65_HS1-834228961_62-HQ-83894_Section_4
Agency: FBI
Page 33
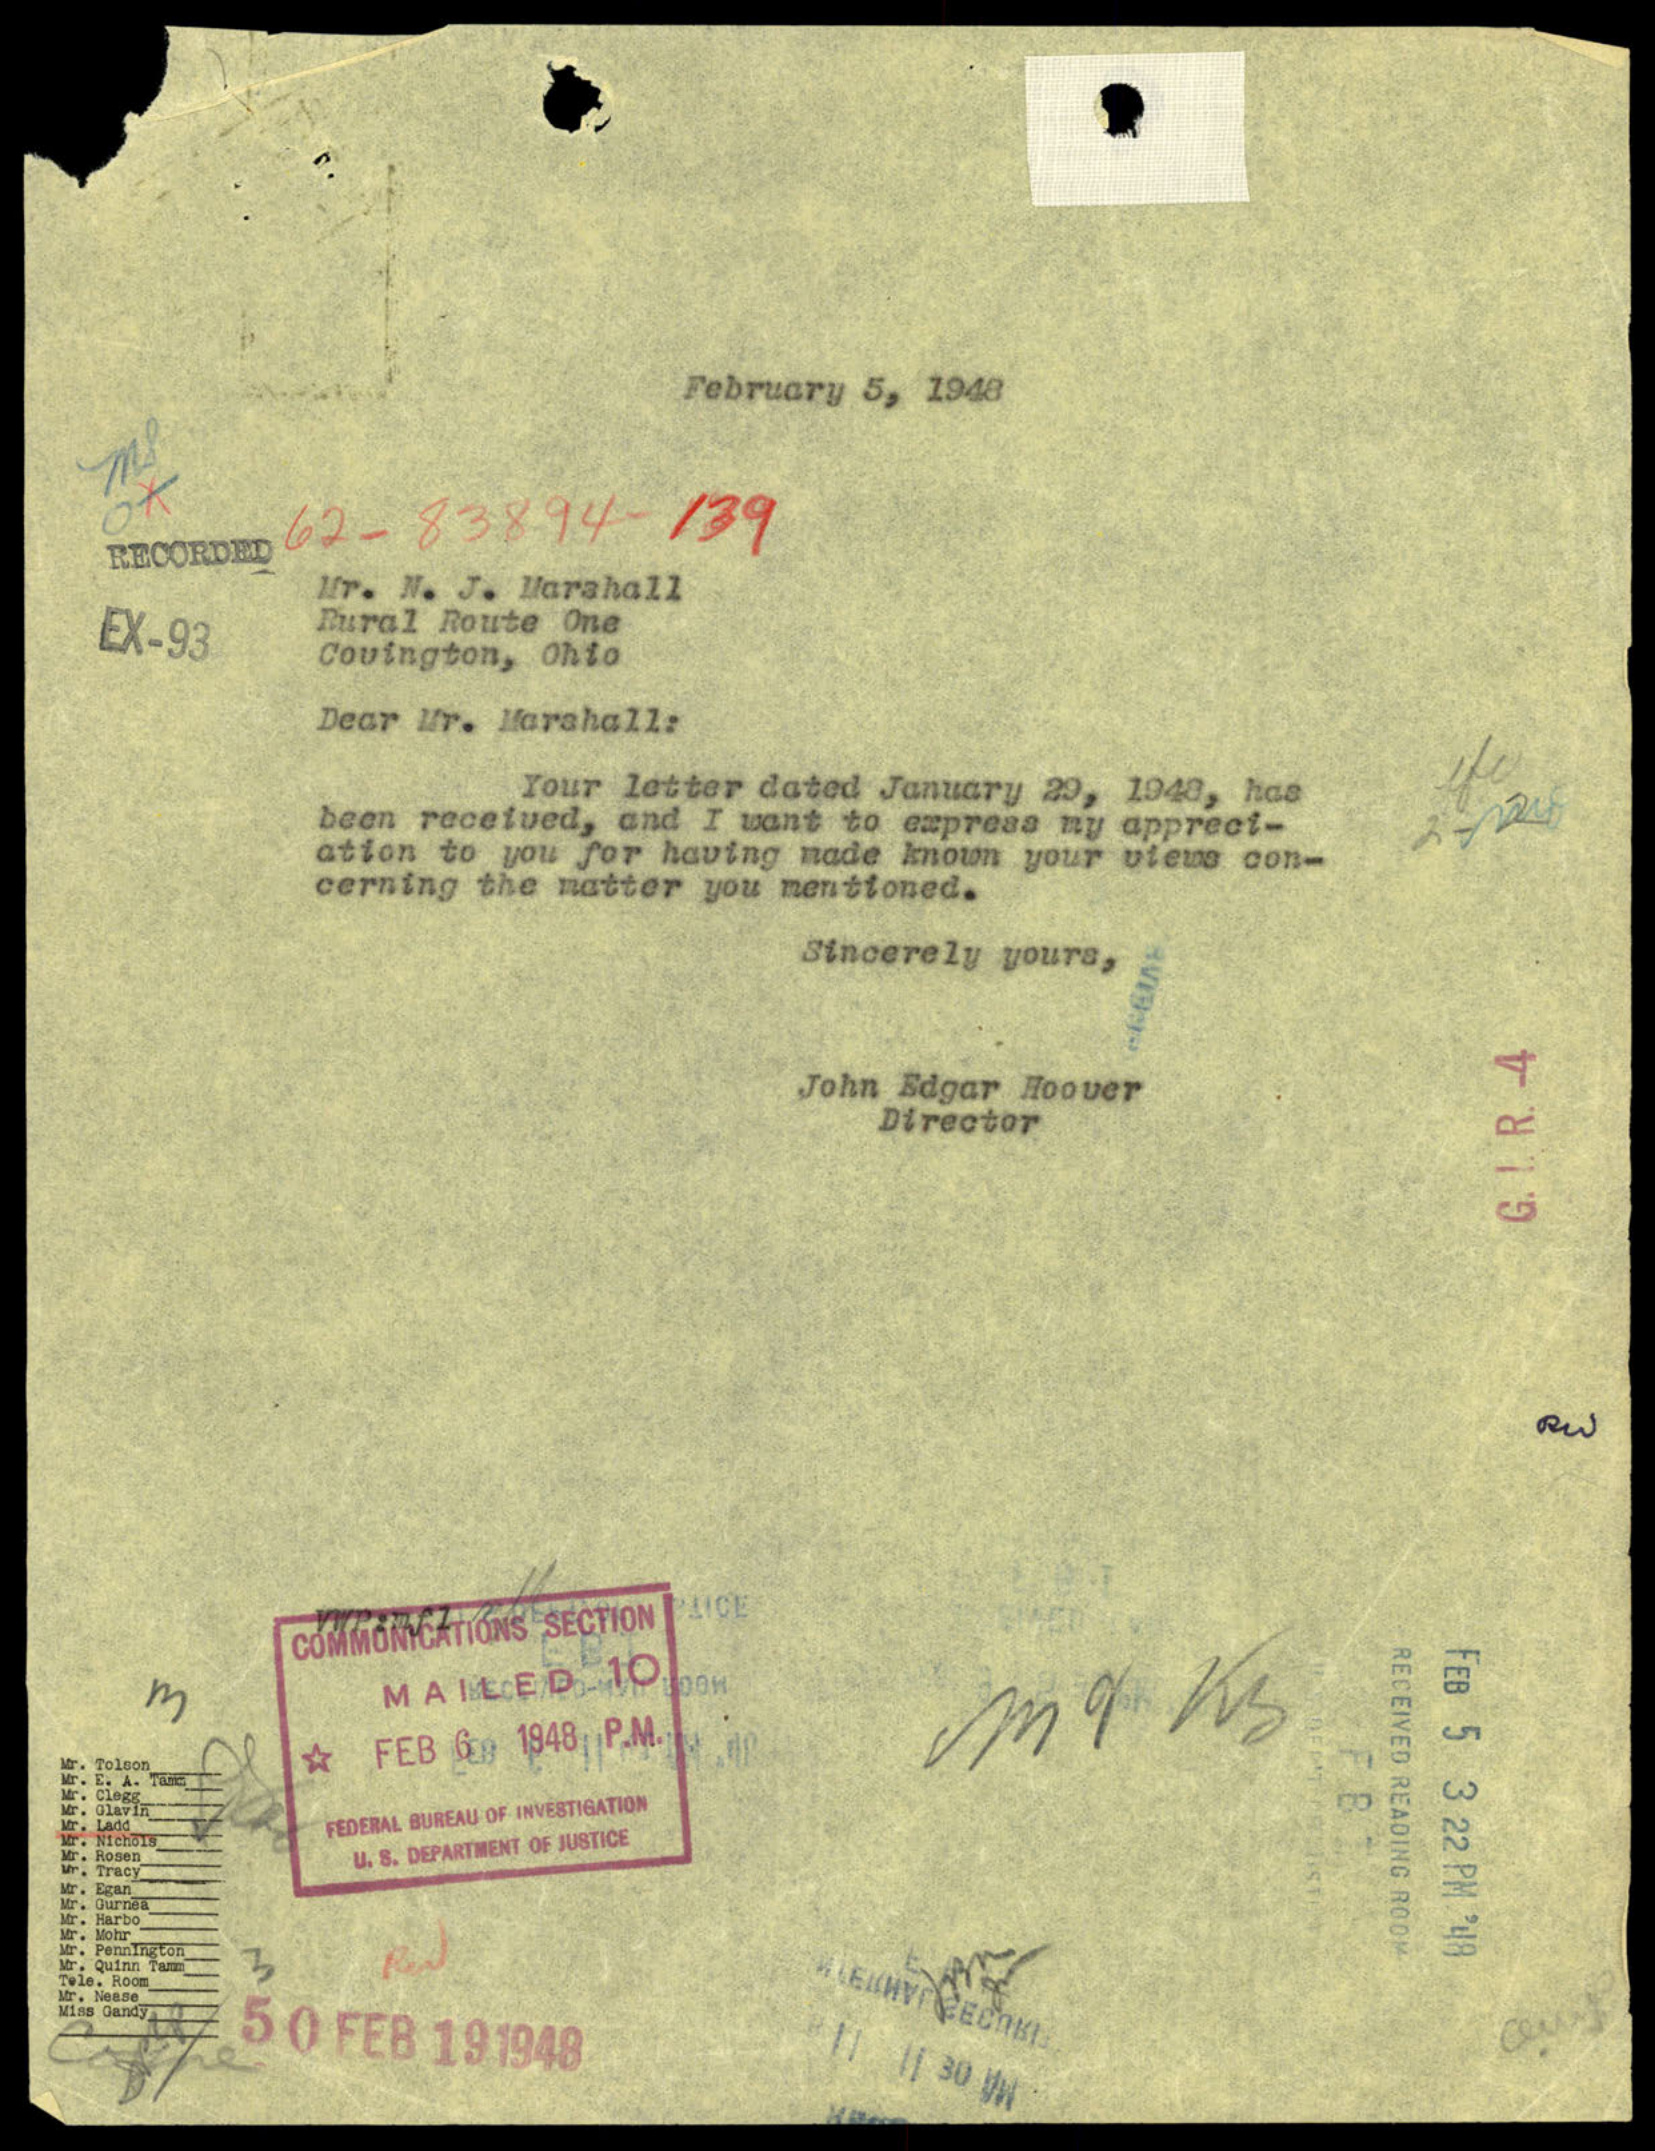